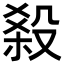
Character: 𣪩